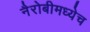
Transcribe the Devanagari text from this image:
नैरोबीमध्येच